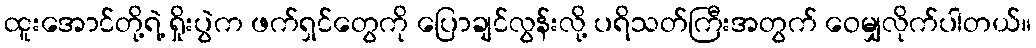
ထူးအောင်တို့ရဲ့ ရှိုးပွဲက ဖက်ရှင်တွေကို ပြောချင်လွန်းလို့ ပရိသတ်ကြီးအတွက် ဝေမျှလိုက်ပါတယ်။